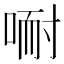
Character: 𱓗